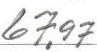
67,97